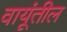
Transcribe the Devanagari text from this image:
वायूंतील